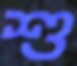
শু